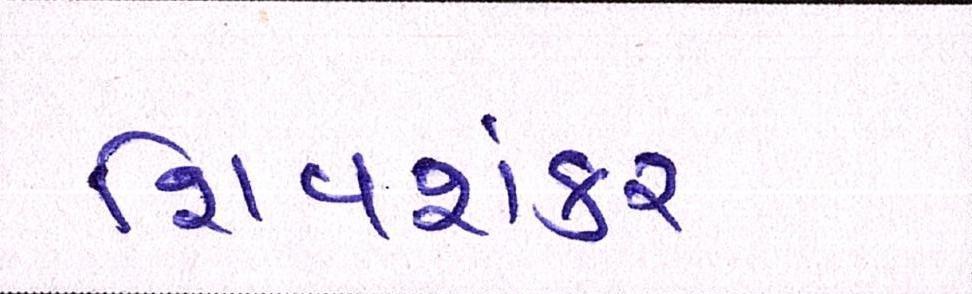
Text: શિવશંકર